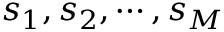
s _ { 1 } , s _ { 2 } , \cdots , s _ { M }